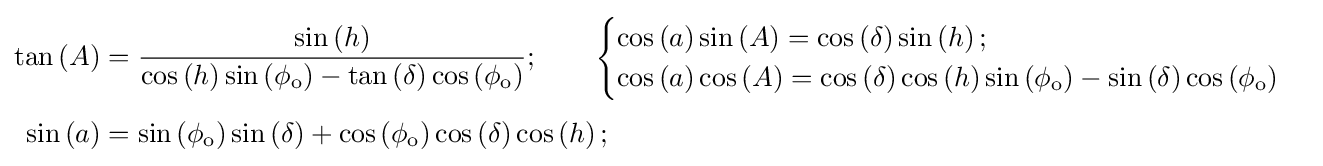
{\begin{aligned}\tan \left(A\right)&={\sin \left(h\right) \over \cos \left(h\right)\sin \left(\phi _{\text{o}}\right)-\tan \left(\delta \right)\cos \left(\phi _{\text{o}}\right)};\qquad {\begin{cases}\cos \left(a\right)\sin \left(A\right)=\cos \left(\delta \right)\sin \left(h\right);\\\cos \left(a\right)\cos \left(A\right)=\cos \left(\delta \right)\cos \left(h\right)\sin \left(\phi _{\text{o}}\right)-\sin \left(\delta \right)\cos \left(\phi _{\text{o}}\right)\end{cases}}\\[3pt]\sin \left(a\right)&=\sin \left(\phi _{\text{o}}\right)\sin \left(\delta \right)+\cos \left(\phi _{\text{o}}\right)\cos \left(\delta \right)\cos \left(h\right);\end{aligned}}